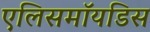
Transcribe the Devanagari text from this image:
एलिसमॉयडिस